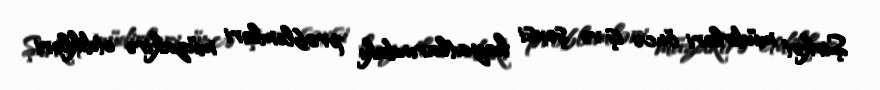
Şirkət müdirləri öncə iş və şəxsi həyatlarındakı problemləri müzakirə etdikləri